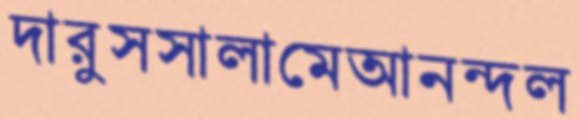
দারুসসালামেআনন্দল